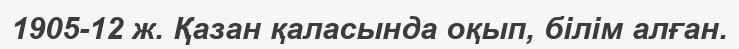
1905-12 ж. Қазан қаласында оқып, білім алған.